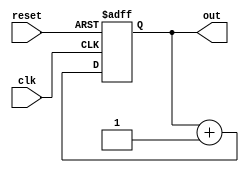
//counter program
module counter(out, clk, reset);

  parameter WIDTH = 8;

  output [WIDTH-1 : 0] out;
  input clk, reset;

  reg [WIDTH-1 : 0]   out;
  wire clk, reset;

  always @(posedge clk or posedge reset)
    if (reset)
      out <= 0;
    else
      out <= out + 1;

endmodule // counter